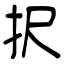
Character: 択